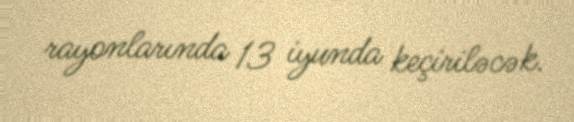
rayonlarında 13 iyunda keçiriləcək.